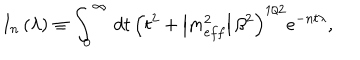
I _ { n } \left( \lambda \right) \equiv \int _ { 0 } ^ { \infty } \, d t \, \left( t ^ { 2 } + \left| m _ { e f f } ^ { 2 } \right| \beta ^ { 2 } \right) ^ { 1 / 2 } e ^ { - n t \lambda } ,